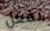
تفعل